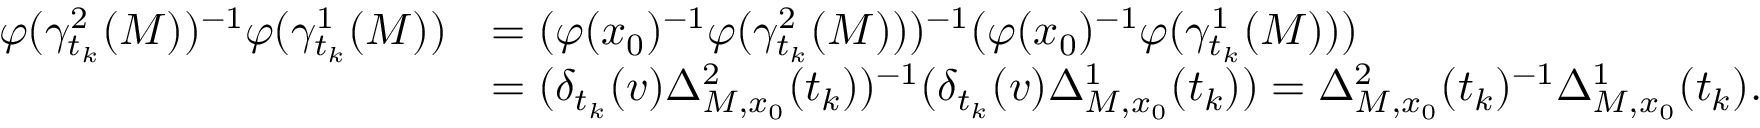
\begin{array} { r l } { \varphi ( \gamma _ { t _ { k } } ^ { 2 } ( M ) ) ^ { - 1 } \varphi ( \gamma _ { t _ { k } } ^ { 1 } ( M ) ) } & { = ( \varphi ( x _ { 0 } ) ^ { - 1 } \varphi ( \gamma _ { t _ { k } } ^ { 2 } ( M ) ) ) ^ { - 1 } ( \varphi ( x _ { 0 } ) ^ { - 1 } \varphi ( \gamma _ { t _ { k } } ^ { 1 } ( M ) ) ) } \\ & { = ( \delta _ { t _ { k } } ( v ) \Delta _ { M , x _ { 0 } } ^ { 2 } ( t _ { k } ) ) ^ { - 1 } ( \delta _ { t _ { k } } ( v ) \Delta _ { M , x _ { 0 } } ^ { 1 } ( t _ { k } ) ) = \Delta _ { M , x _ { 0 } } ^ { 2 } ( t _ { k } ) ^ { - 1 } \Delta _ { M , x _ { 0 } } ^ { 1 } ( t _ { k } ) . } \end{array}